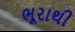
ભૂરાથી